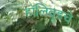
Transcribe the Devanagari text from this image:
हॉलिवूडचे